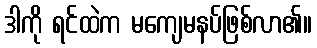
ဒါကို ရင်ထဲက မကျေမနပ်ဖြစ်လာ၏။